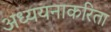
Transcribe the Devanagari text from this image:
अध्ययनाकरिता